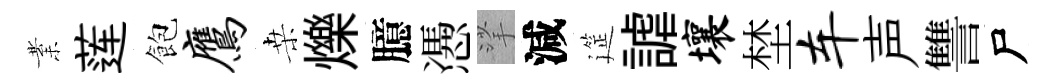
業莲飽鹰桒爍臆慿挲減筵謔壤埜车声讐尸